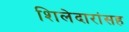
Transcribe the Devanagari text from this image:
शिलेदारांसह